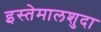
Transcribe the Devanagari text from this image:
इस्तेमालशुदा